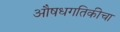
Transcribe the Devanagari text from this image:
औषधगतिकीचा